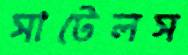
সাটেলস